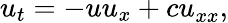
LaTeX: u_{t}={-uu_{x}+cu}_{xx},